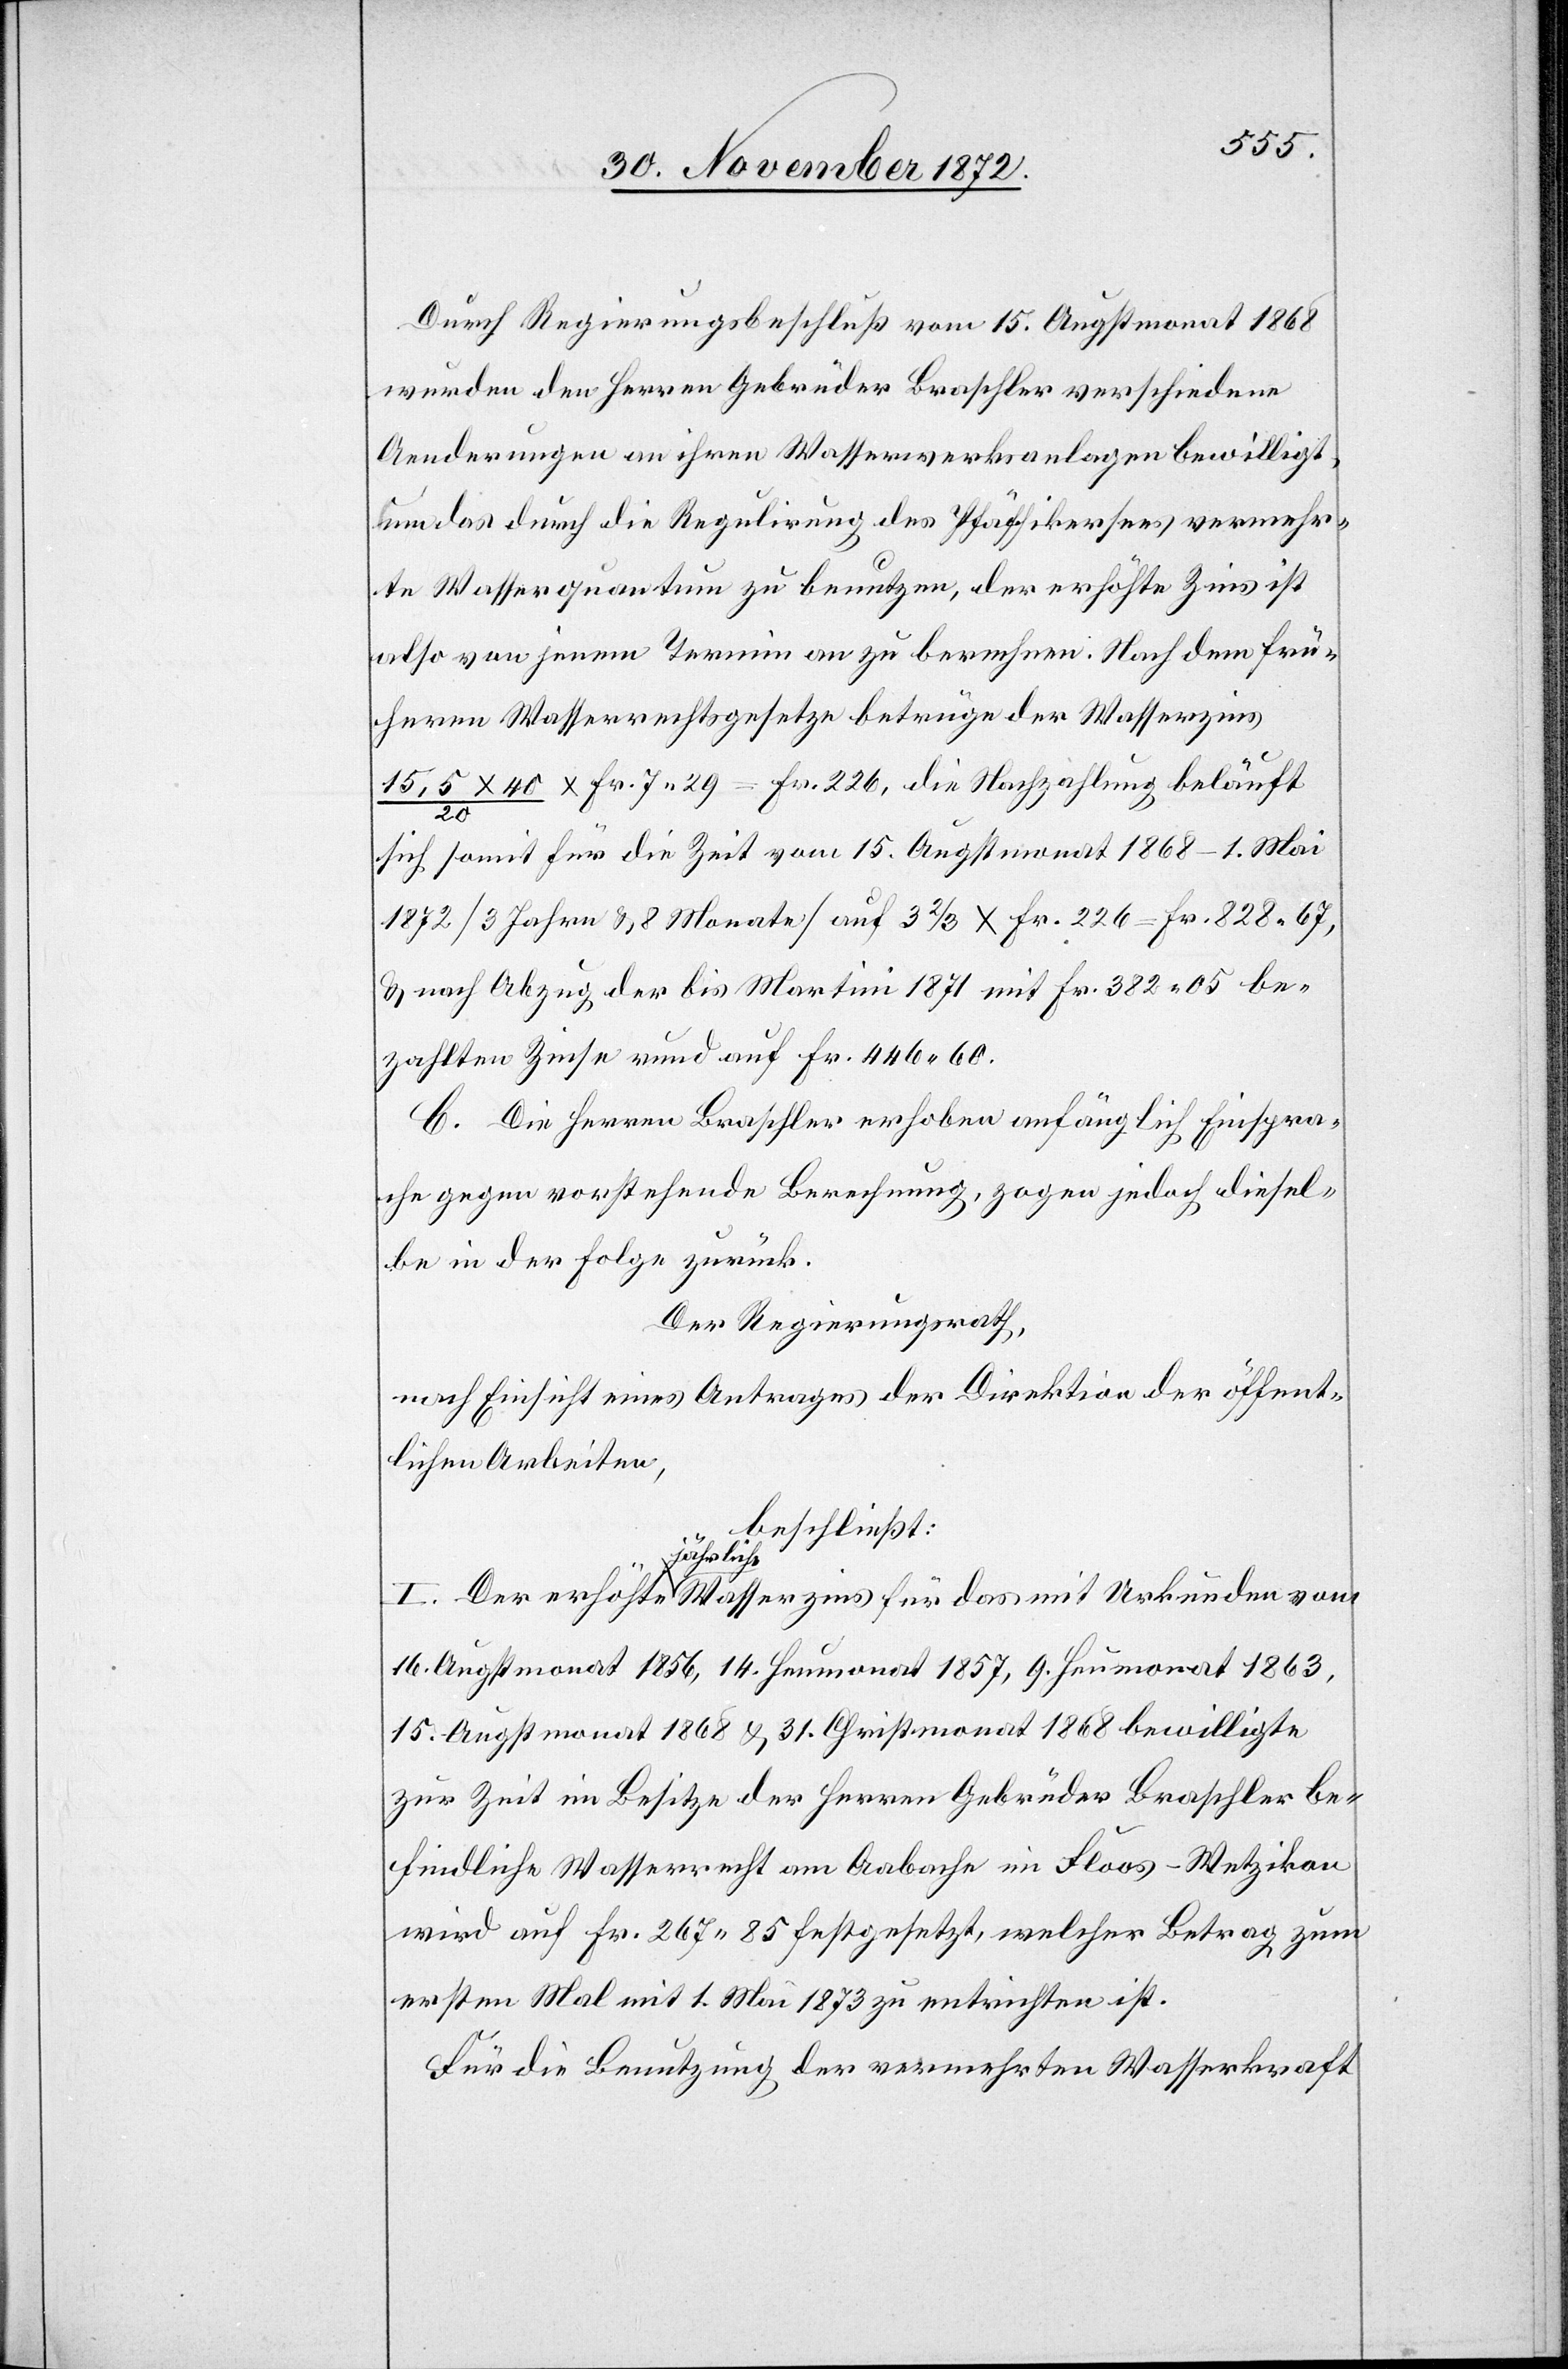
kon
Durch Regierungsbeschluß vom 15. Augstmonat 1868
wurden den Herren Gebrüder Braschler verschiedene
Aenderungen an ihren Wasserwerksanlagen bewilligt,
um das durch die Regulirung des Pfäffikersees vermehr¬
te Wasserquantum zu benutzen, der erhöhte Zins ist
also von jenem Termin an zu berechnen. Nach dem frü¬
heren Wasserrechtsgesetze betrüge der Wasserzins
15,5 x 40 / 20 x Fr. 7 29 = Fr. 226, die Nachzahlung beläuft
sich somit für die Zeit vom 15. Augstmonat 1868–1. Mai
1872 [3 Jahre u. 8 Monate] auf 3 2/3 x Fr. 226 = 828 67,
u. nach Abzug der bis Martini 1871 mit Fr. 382 05 be¬
zahlten Zinse rund auf Fr. 446 60.
C. Die Herren Braschler erhoben anfänglich Einspra¬
che gegen vorstehende Berechnung, zogen jedoch diesel¬
be in der Folge zurück.
Der Regierungsrath,
nach Einsicht eines Antrages der Direktion der öffent¬
lichen Arbeiten,
beschließt:
jährliche
16. Augstmonat 1856, 14. Heumonat 1857, 9. Heumonat 1863,
15. Augstmonat 1868 u. 31. Christmonat 1868 bewilligte
zur Zeit im Besitze der Herren Gebrüder im Floos-Wetzi¬
wird auf Fr. 267 85 festgesetzt, welcher Betrag zum
ersten Mal mit 1. Mai 1873 zu entrichten ist.
Für die Benutzung der vermehrten Wasserkraft